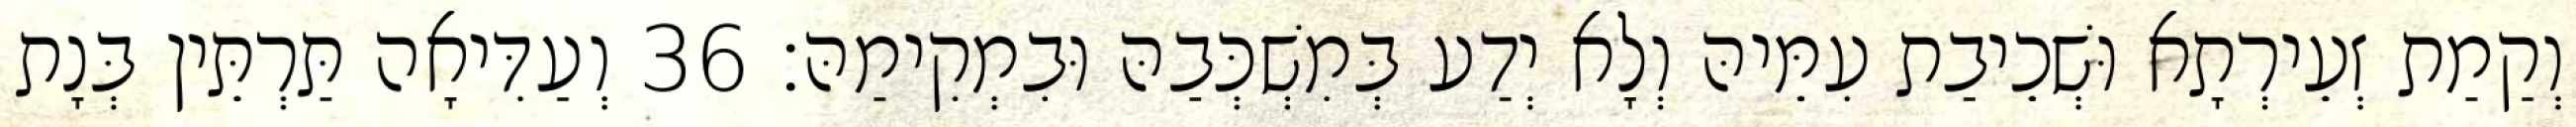
וְקַמַת זְעֵירְתָא וּשְׁכֵיבַת עִמֵּיהּ וְלָא יְדַע בְּמִשְׁכְּבַהּ וּבִמְקִימַהּ׃ 36 וְעַדִּיאָה תַּרְתֵּין בְּנָת